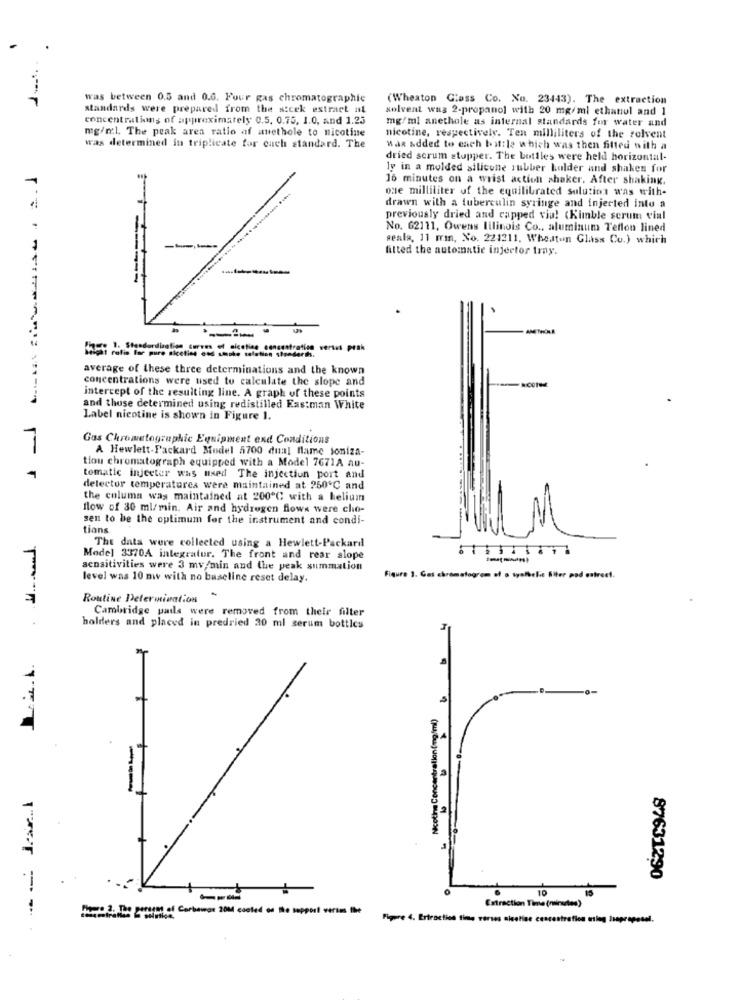
was between 0.5 and 0.6. Four gas chromatographic
(Wheaton Class Co. No. 23443). The extraction
standards were prepared from the sicek estraet al
solvent was 2-propanol with 20 mg/ml ethanol and 1
concentrations of approximately 0.5, 0.75, 1.0, and 1.25
mg/ml anethole as internal standards for water and
mg/ml. The peak aren ratio af anethole to nicotine
nicotine, respectively. Ten milliliters of the solvent
was determined in triplicate for cuch standard. The
Was added to each battle which was then fitted with a
dried serum stopper. The bottles were held horizontal-
ly in a molded silicone rubber holder and shaken for
16 minutes on a wrist action shaker. After shaking.
one milliliter of the equilibrated solution was with-
drawn with a tuberculin syringe and injected into a
previously dried and capped via! < Kimble serum vial
No. 62111. Owens Iilinois Co ., aluminum Teflon lined
seala, 11 man, No. 221211, Wheatun Glass Cu.) which
fitted the automatic injector tray.
MITHOLA
average of these three determinations and the known
concentrations were used to calculate the slope and
intercept of the resulting line. A graph of these points
and those determined using redistilled Eastman White
Label nicotine is shown in Figure 1.
Gas Chromatographic Equipment end Conditions
A Hewlett-Packard Model 5700 dual flame joniza-
tiou chromatograph equipped with a Model 7671A au-
tomatic injecter was used The injection port and
detector temperaturea were maintained at 250℃ and
the column was maintained at 200℃ with a helium
flow of 30 ml/min. Air and hydrogen flows were cho-
sen to be the optimum for the instrument and condi-
tions
The data were collected using a Hewlett-Packard
Model 3370A integrator. The front and rear slope
sensitivities were 3 mv/min and the peak summation
level was 10 mw with no baseline reset delay.
Figure 3. Gas chromatogrom of a tyalhele filter pod estreet.
Routine Determination
Cambridge padls were removed from their filter
holders and placed in predried 30 ml serum bottles
Nicotina Concentration (mo'ml)
87631290
10
---
De2. The gerset of Corbeige 20M cooled os De support versm the
Extraction Time (minutes)
Figuere 4. Ertraction time verses alsetine concentration uleg Isagrapesel.